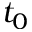
t _ { 0 }